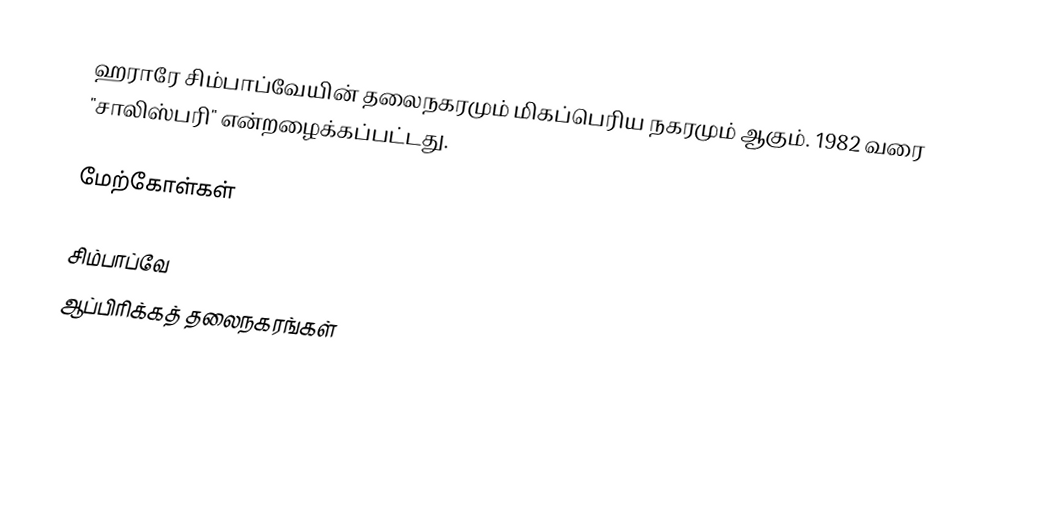
ஹராரே சிம்பாப்வேயின் தலைநகரமும் மிகப்பெரிய நகரமும் ஆகும். 1982 வரை "சாலிஸ்பரி" என்றழைக்கப்பட்டது.

மேற்கோள்கள்

சிம்பாப்வே
ஆப்பிரிக்கத் தலைநகரங்கள்